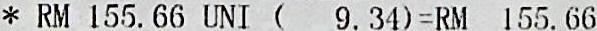
* RM 155.66 UNI (  9.34)=RM 155.66